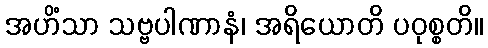
အဟိံသာ သဗ္ဗပါဏာနံ၊ အရိယောတိ ပဝုစ္စတိ။